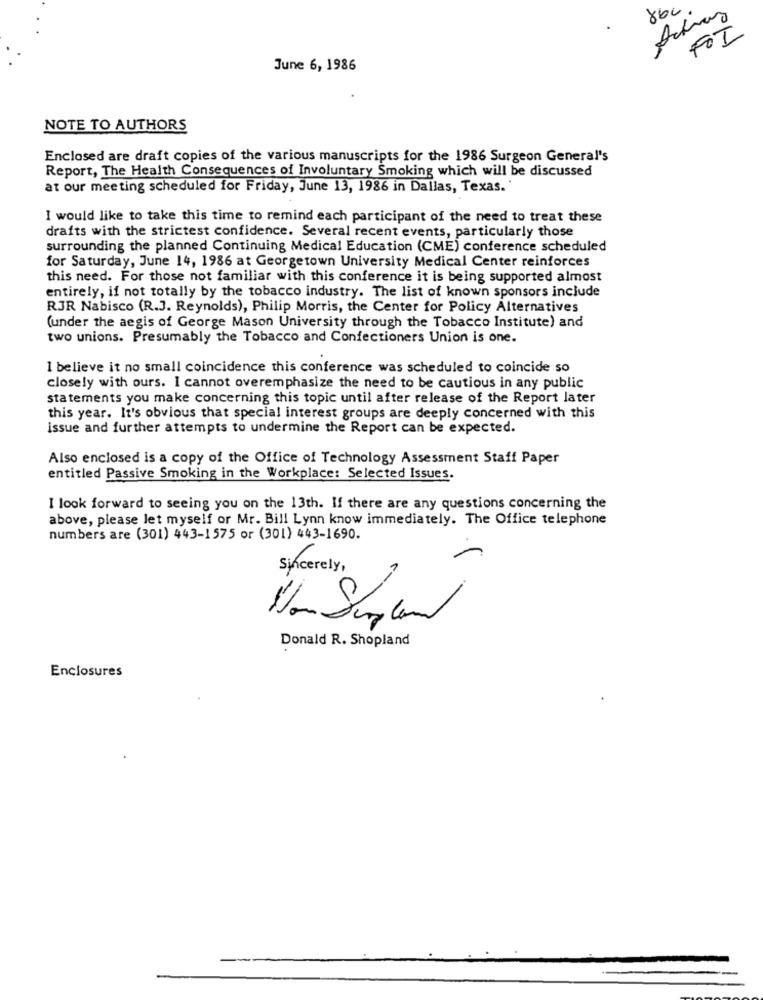
864
Achas
FOI
June 6, 1986
NOTE TO AUTHORS
Enclosed are draft copies of the various manuscripts for the 1986 Surgeon General's
Report, The Health Consequences of Involuntary Smoking which will be discussed
at our meeting scheduled for Friday, June 13, 1986 in Dallas, Texas.'
I would like to take this time to remind each participant of the need to treat these
drafts with the strictest confidence. Several recent events, particularly those
surrounding the planned Continuing Medical Education (CME) conference scheduled
for Saturday, June 14, 1986 at Georgetown University Medical Center reinforces
this need. For those not familiar with this conference it is being supported almost
entirely, if not totally by the tobacco industry. The list of known sponsors include
RJR Nabisco (R.J. Reynolds), Philip Morris, the Center for Policy Alternatives
(under the aegis of George Mason University through the Tobacco Institute) and
two unions. Presumably the Tobacco and Confectioners Union is one.
I believe it no small coincidence this conference was scheduled to coincide so
closely with ours. I cannot overemphasize the need to be cautious in any public
statements you make concerning this topic until after release of the Report later
this year. It's obvious that special interest groups are deeply concerned with this
issue and further attempts to undermine the Report can be expected.
Also enclosed is a copy of the Office of Technology Assessment Staff Paper
entitled Passive Smoking in the Workplace: Selected Issues.
I look forward to seeing you on the 13th. If there are any questions concerning the
above, please let myself or Mr. Bill Lynn know immediately. The Office telephone
numbers are (301) 443-1575 or (301) 443-1690.
Sincerely,
Donald R. Shopland
Enclosures